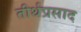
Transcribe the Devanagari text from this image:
तीर्थप्रसाद